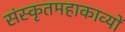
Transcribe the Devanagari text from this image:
संस्कृतमहाकाव्यों